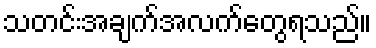
သတင်းအချက်အလက်တွေရသည်။